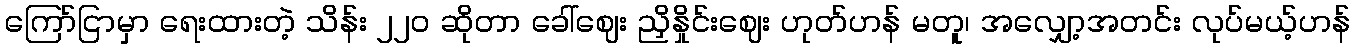
ကြော်ငြာမှာ ရေးထားတဲ့ သိန်း ၂၂ဝ ဆိုတာ ခေါ်ဈေး ညှိနှိုင်းဈေး ဟုတ်ဟန် မတူ၊ အလျှော့အတင်း လုပ်မယ့်ဟန်